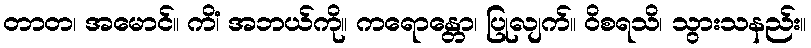
တာတ၊ အမောင်။ ကိံ၊ အဘယ်ကို။ ကရောန္တော၊ ပြုလျက်။ ဝိစရသိ၊ သွားသနည်း။